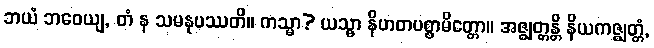
ဘယံ ဘဝေယျ, တံ န သမနုပဿတိ။ ကသ္မာ? ယသ္မာ နိဟတပစ္စာမိတ္တော။ အဇ္ဈတ္တန္တိ နိယကဇ္ဈတ္တံ,